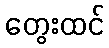
တွေးထင်